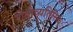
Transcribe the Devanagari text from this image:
शेतीव्यतिरिक्त